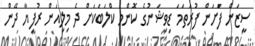
ސީޒަން ފަށަން ފުރަތަމަ ޑިވިޝަނުގެ ކޮންމެ ކްލަބަކަށް ދެ މިލިއަން ރުފިޔާ ދޭން